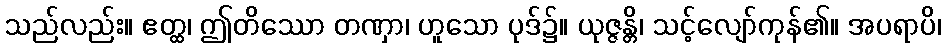
သည်လည်း။ ဧတ္ထ၊ ဤတိဿော တဏှာ၊ ဟူသော ပုဒ်၌။ ယုဇ္ဇန္တိ၊ သင့်လျော်ကုန်၏။ အပရာပိ၊